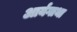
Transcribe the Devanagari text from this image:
आर्यगाथा